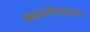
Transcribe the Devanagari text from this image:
क्लायमॅक्सच्या